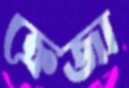
ক্রেজা